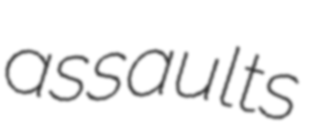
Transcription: assaults